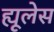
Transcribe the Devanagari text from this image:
ह्यूलेस